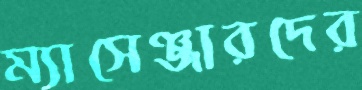
ম্যাসেঞ্জারদের